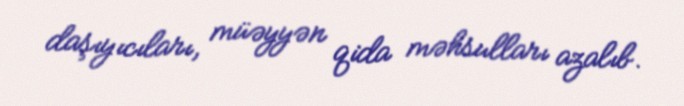
daşıyıcıları, müəyyən qida məhsulları azalıb.